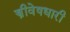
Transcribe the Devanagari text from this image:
स्त्रीवेषधारी